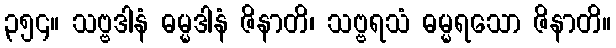
၃၅၄။ သဗ္ဗဒါနံ ဓမ္မဒါနံ ဇိနာတိ၊ သဗ္ဗရသံ ဓမ္မရသော ဇိနာတိ။